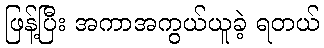
ဖြန့်ပြီး အကာအကွယ်ယူခဲ့ ရတယ်